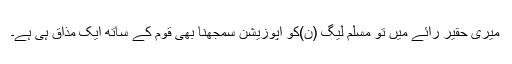
میری حقیر رائے میں تو مسلم لیگ (ن)کو اپوزیشن سمجھنا بھی قوم کے ساتھ ایک مذاق ہی ہے۔